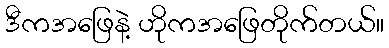
ဒီကအဖြေနဲ့ ဟိုကအဖြေတိုက်တယ်။